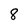
Character: 8